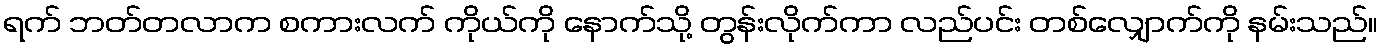
ရက် ဘတ်တလာက စကားလက် ကိုယ်ကို နောက်သို့ တွန်းလိုက်ကာ လည်ပင်း တစ်လျှောက်ကို နမ်းသည်။